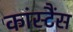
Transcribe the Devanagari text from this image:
कांस्टैंस